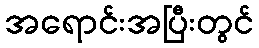
အရောင်းအပြီးတွင်